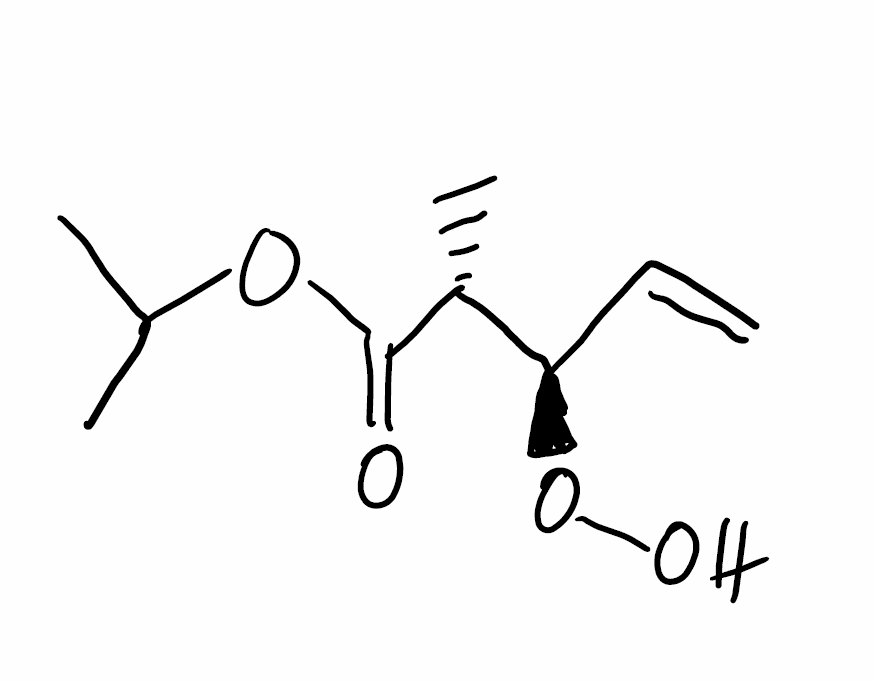
Simplified molecular-input line-entry system (SMILES) notation of the given molecule:
C[C@H]([C@@H](C=C)OO)C(=O)OC(C)C